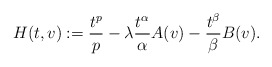
\begin{align*} H(t,v) := \frac {t^p}p - \lambda \frac {t^\alpha}\alpha A(v) - \frac {t^\beta}\beta B(v).\end{align*}